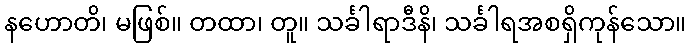
နဟောတိ၊ မဖြစ်။ တထာ၊ တူ။ သင်္ခါရာဒီနိ၊ သင်္ခါရအစရှိကုန်သော။